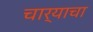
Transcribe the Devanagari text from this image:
चार्‍याचा